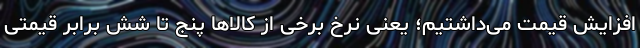
افزایش قیمت می‌داشتیم؛ یعنی نرخ برخی از کالاها پنج تا شش برابر قیمتی